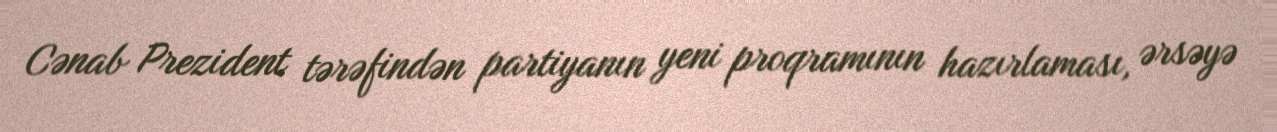
Cənab Prezident tərəfindən partiyanın yeni proqramının hazırlaması, ərsəyə